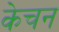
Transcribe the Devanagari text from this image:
केचन